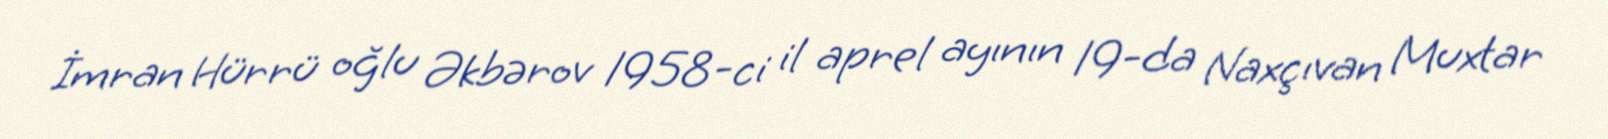
İmran Hürrü oğlu Əkbərov 1958-ci il aprel ayının 19-da Naxçıvan Muxtar